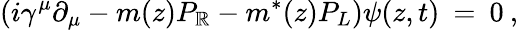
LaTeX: (i\gamma^{\mu}\partial_{\mu}-m(z)P_{\mathbb{R}}-m^{*}(z)P_{L})\psi(z,t)\: =\: 0\: ,